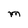
Character: m